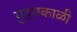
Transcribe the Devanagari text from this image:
युद्धकाळी